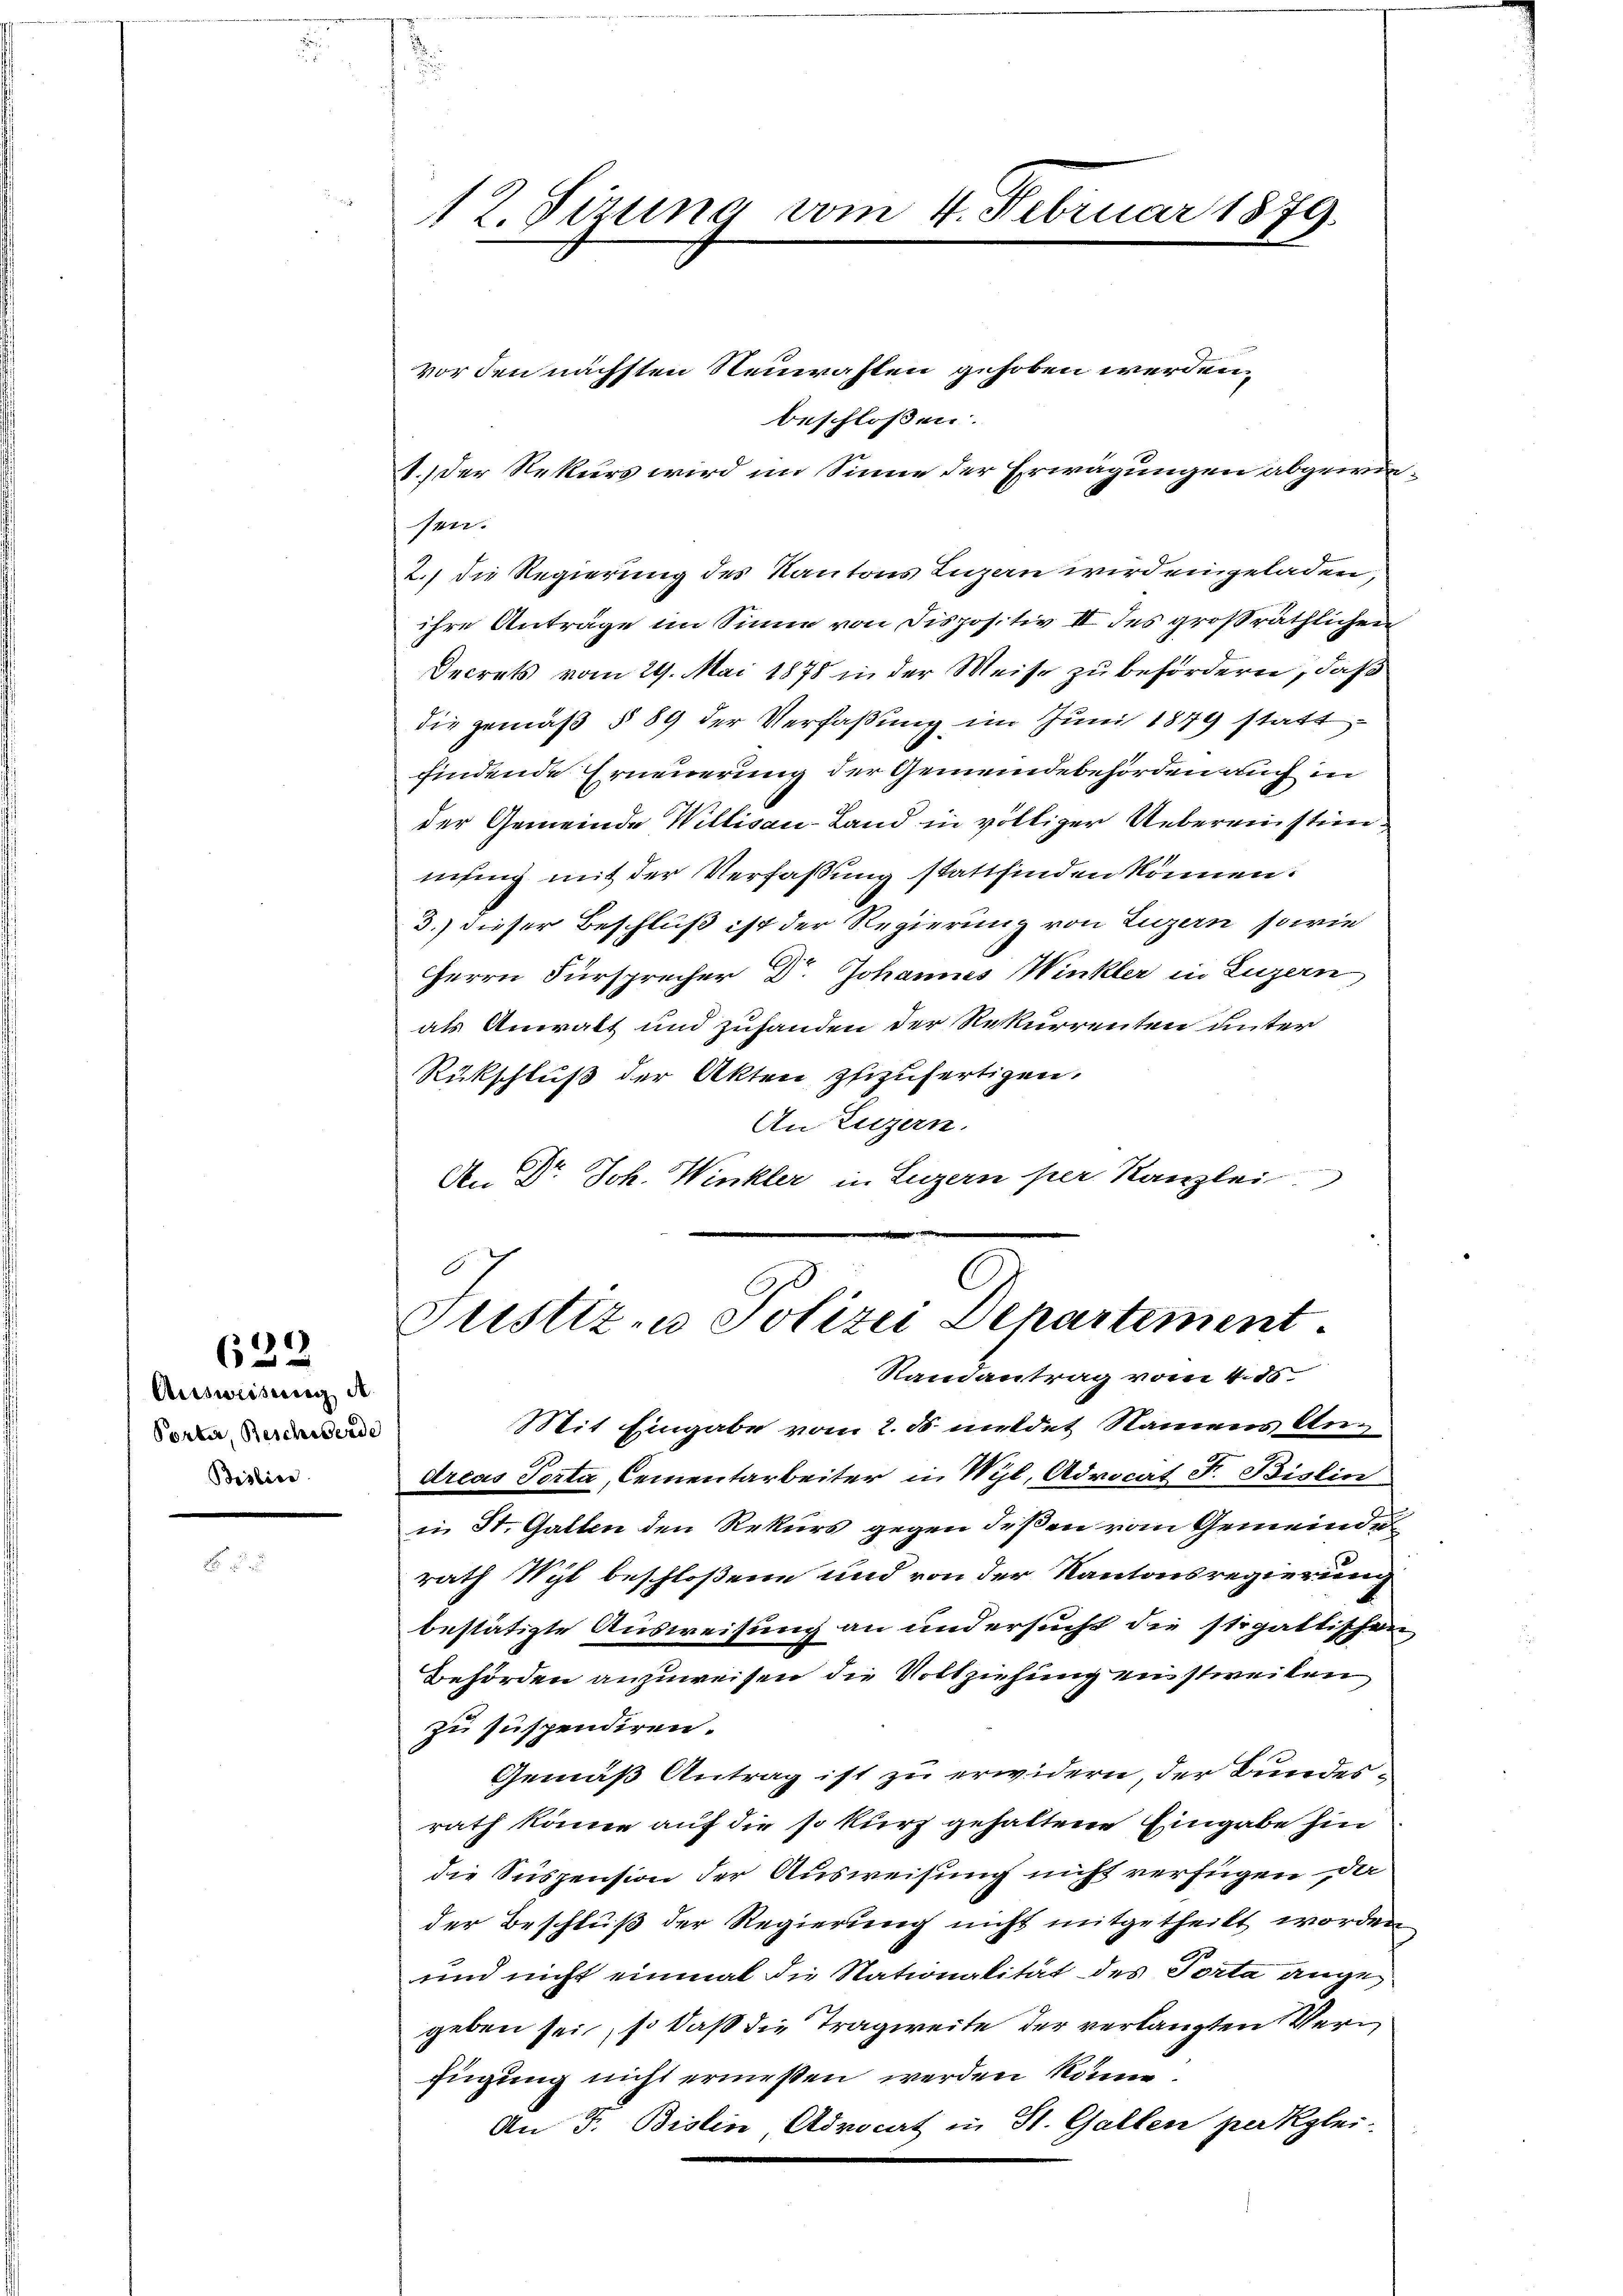
632

Ausweisung de
Portia, Beschwerde
Bislic

12. Sizung vom 4. Februar 1879.

vor den nächsten Neurasten gehoben werden,
beschloßen:
1.) Der Rekurs wird im Sinne der Erwägungen abgerein
sen.
2.) die Regierung des Kantons Luzern wird eingeladen,
ihre Anträge im Sinne von Dispositiv II des großräthlichen
Decrets vom 29. Mai 1878 in der Weise zu befördern, daß
die gemäß § 89 der Verfaßung im Juni 1879 stattfindende Erneuerung der Gemeindebehörden auch in
der Gemeinde Willisau-Land in völliger Uebereinstimmung mit der Verfaßung stattfinden können.
3.) dieser Beschluß ist der Regierung von Luzern, sowie
HHerrn Fürsprecher Dr. Johannes Winkler in Luzern
als Anwalt und zufanden der Rekurrenten unter
Rückschluß der Akten zuzufertigen.
An Luzern.
An Dr. Joh. Winkler in Luzern per Kanzlei

Justiz- u Polizei Departement.
Randantrag vom 4. ds
Mit Eingabe vom 2. ds. mildet Namens Andreas Porta, Cementarbeiter in Wyl, Advocat F. Bislin

in St. Gallen den Rekurs gegen deßen vom Gemeinde
rath Wyl beschloßene und von der Kantonsregierung
bestätigte Ausweisung an und ersucht die stipattischen
Behörden anzuweisen die Vollziehung einstweilen
zu suspendiren.
Gemäß Antrag ist zu erwidern, der Bundes-
rath könne auf die so kurz gehaltene Eingabe hin
die Suspension der Ausweisung nicht verfügen der
der Beschluß der Regierung nicht mitgetheilt worden
und nicht einmal die Nationalität des Porta angegeben sei, so daß die Tragweite der verlangten Verfügung nicht ermeßen werden könne
An F. Bislin Advocat in St. Gallen perkglei¬